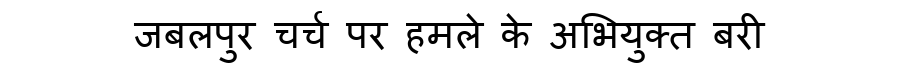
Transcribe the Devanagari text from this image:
जबलपुर चर्च पर हमले के अभियुक्त बरी